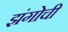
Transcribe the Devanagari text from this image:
झंगोची